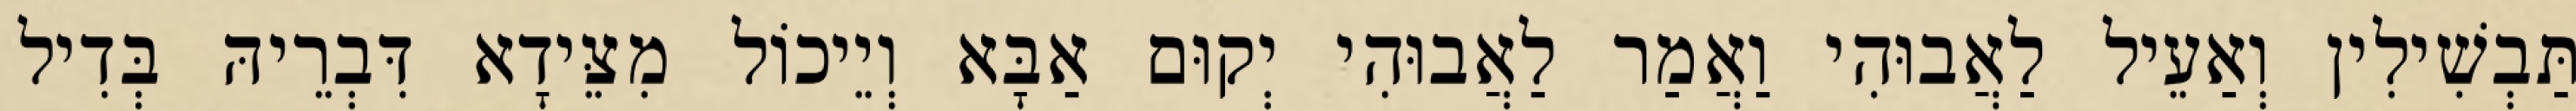
תַּבְשִׁילִין וְאַעֵיל לַאֲבוּהִי וַאֲמַר לַאֲבוּהִי יְקוּם אַבָּא וְיֵיכוֹל מִצֵּידָא דִּבְרֵיהּ בְּדִיל